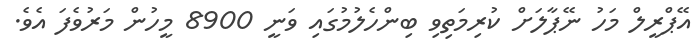
އޭޕްރީލް މަހު ނޭޕާލަށް ކުރިމަތިވި ބިންހެލުމުގައި ވަނީ 8900 މީހުން މަރުވެފަ އެވެ.